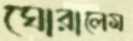
ঘোরালেম